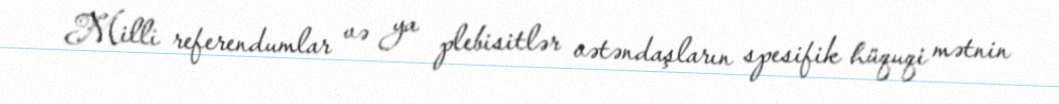
Milli referendumlar və ya plebisitlər vətəndaşların spesifik hüquqi mətnin